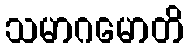
သမာဂမောတိ